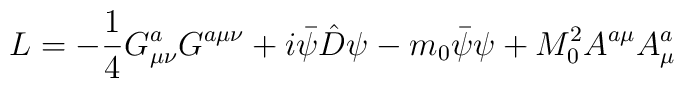
L=-\frac{1}{4}G^a_{\mu\nu}G^{a\mu\nu}+i\bar\psi\hat D\psi-m_0\bar\psi\psi+M_0^2A^{a\mu}A^a_\mu